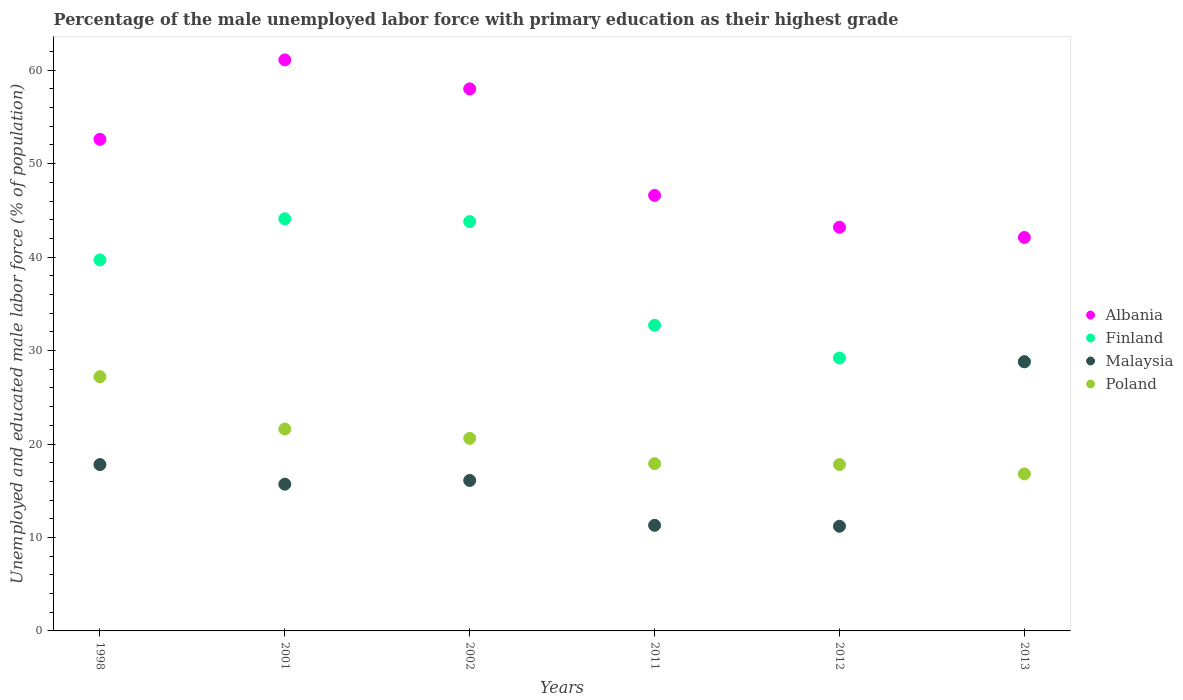
| Years | Albania | Finland | Malaysia | Poland |
 | --- | --- | --- | --- | --- |
 | 1998 | 52.6 | 39.7 | 17.8 | 27.2 |
 | 2001 | 61.1 | 44.1 | 15.7 | 21.6 |
 | 2002 | 58 | 43.8 | 16.1 | 20.6 |
 | 2011 | 46.6 | 32.7 | 11.3 | 17.9 |
 | 2012 | 43.2 | 29.2 | 11.2 | 17.8 |
 | 2013 | 42.1 | 28.8 | 28.8 | 16.8 |